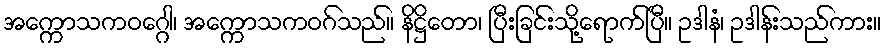
အက္ကောသကဝဂ္ဂေါ၊ အက္ကောသကဝဂ်သည်။ နိဋ္ဌိတော၊ ပြီးခြင်းသို့ရောက်ပြီ။ ဥဒါနံ၊ ဥဒါန်းသည်ကား။